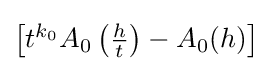
{\textstyle {\big [}t^{k_{0}}A_{0}\left({\frac {h}{t}}\right)-A_{0}(h){\big ]}}